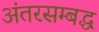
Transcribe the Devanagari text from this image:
अंतरसम्बद्ध